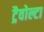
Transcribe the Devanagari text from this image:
ट्रैवोल्टा